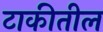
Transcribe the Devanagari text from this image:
टाकीतील